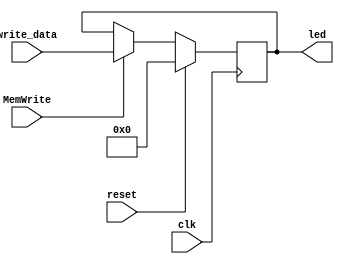
module LED(
         clk, reset, MemWrite, write_data, led
       );
input clk;
input reset;
input MemWrite;
input [31:0] write_data;
output reg [31:0] led;

always @ (posedge clk)
  begin
    if (reset)
      led <= 32'h00000000;
    else
      if (MemWrite)
        led <= write_data;
  end

endmodule